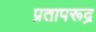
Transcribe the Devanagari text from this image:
प्रतापरूद्र